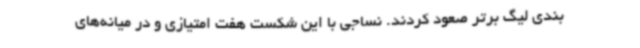
بندی لیگ برتر صعود کردند. نساجی با این شکست هفت امتیازی و در میانه‌های